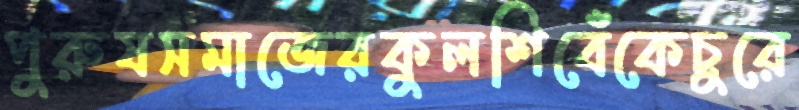
পুরুষসমাজেরকুলশিবেঁকেচুরে